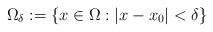
LaTeX: \begin{align*}\Omega_\delta := \{x \in \Omega: |x - x_0| < \delta\}\end{align*}